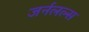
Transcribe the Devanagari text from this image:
जर्नलल्स